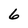
Character: 6